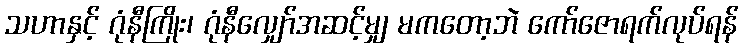
သဟာနှင့် ဂုံနီကြိုး၊ ဂုံနီလျှော်အဆင့်မျှ မကတော့ဘဲ ကော်ဇောရက်လုပ်ရန်